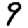
Digit: 9